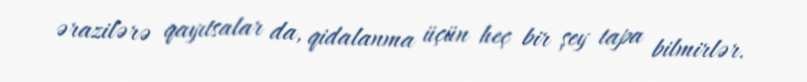
ərazilərə qayıtsalar da, qidalanma üçün heç bir şey tapa bilmirlər.